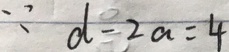
\because d - 2 a = 4